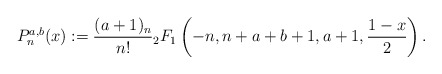
\begin{align*}P_n^{a,b}(x) := \frac{(a+1)_n}{n!}{}_2F_1\left(-n, n+a+b+1, a+1, \frac{1-x}{2}\right).\end{align*}